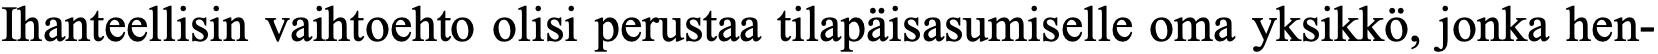
Ihanteellisin vaihtoehto olisi perustaa tilapäisasumiselle oma yksikkö, jonka hen-